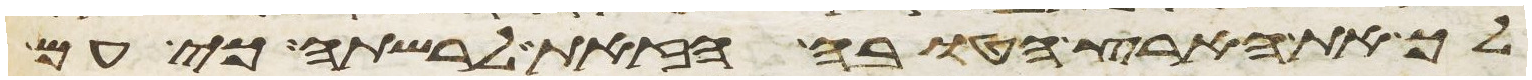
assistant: לך את הארץ הטובה הזאת לרשתה כי עם